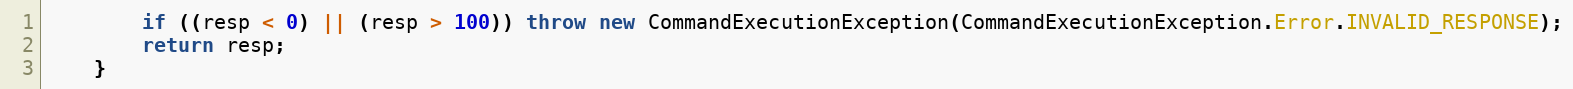
Language: Java
        if ((resp < 0) || (resp > 100)) throw new CommandExecutionException(CommandExecutionException.Error.INVALID_RESPONSE);
        return resp;
    }